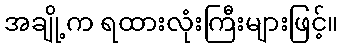
အချို့က ရထားလုံးကြီးများဖြင့်။